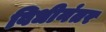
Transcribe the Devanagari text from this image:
विधीनंतर